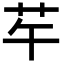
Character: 𦬶